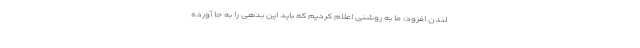
لندن افزود: ما به روشنی اعلام کردیم که باید این بدهی را به جا آورده